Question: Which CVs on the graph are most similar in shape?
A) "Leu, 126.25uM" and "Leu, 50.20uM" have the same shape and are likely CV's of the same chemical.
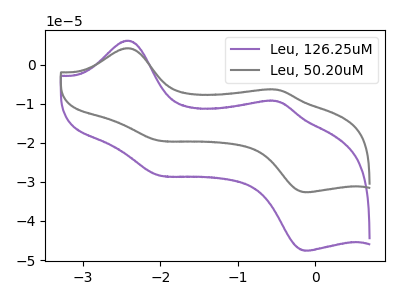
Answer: <think>The purple curve "Leu, 126.25uM" has anodic peaks at (-2.40V, 6.15uA) (-0.50V, -9.35uA) and cathodic peaks at (-2.00V, -28.35uA) (-0.15V, -47.60uA). The gray curve "Leu, 50.20uM" has anodic peaks at (-2.40V, 4.20uA) (-0.50V, -6.40uA) and cathodic peaks at (-2.00V, -19.45uA) (-0.15V, -32.65uA).
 All the peaks in "Leu, 126.25uM" have a peak in "Leu, 50.20uM" at the same potential.</think>
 <answer>A) "Leu, 126.25uM" and "Leu, 50.20uM" have the same shape and are likely CV's of the same chemical.</answer>
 <eval>A</eval>